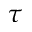
\tau